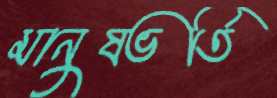
মানুষভর্তি